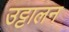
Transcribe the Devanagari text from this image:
उट्टालन